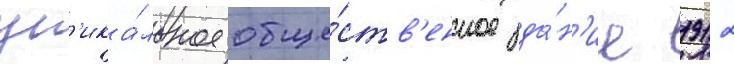
ун'ика́льное обще́ств'енное зда́н'ие 1912